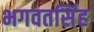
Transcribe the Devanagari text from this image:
भगवतसिंह